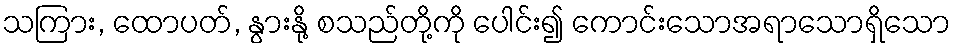
သကြား, ထောပတ်, နွားနို့ စသည်တို့ကို ပေါင်း၍ ကောင်းသောအရာသောရှိသော